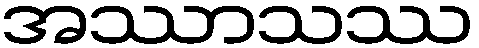
အဿာသဿ